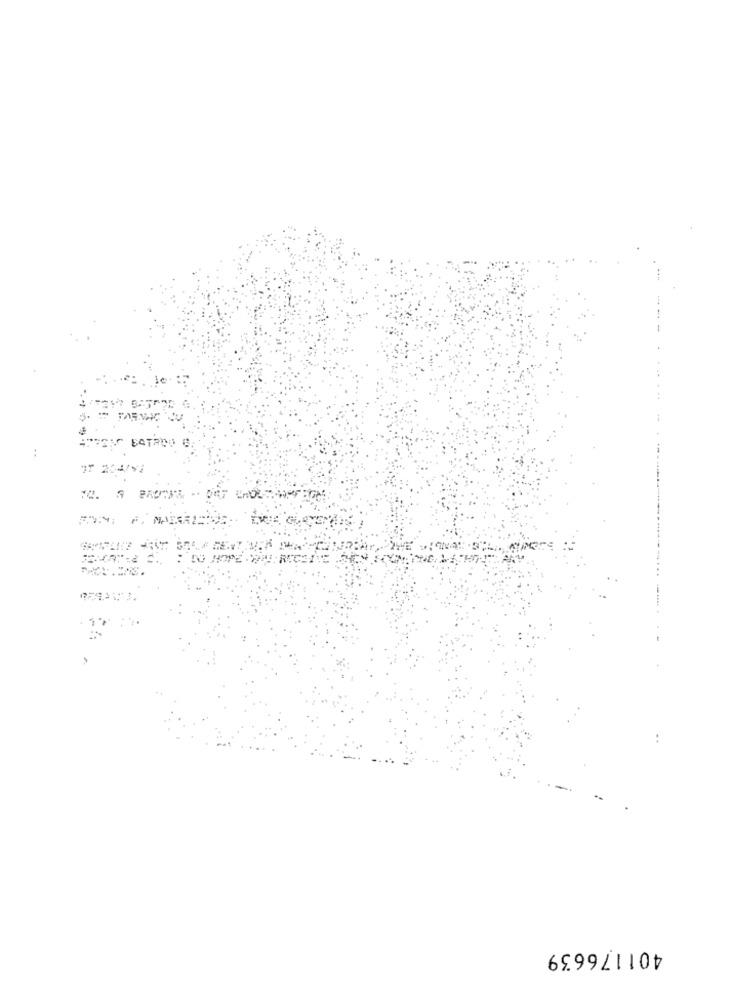
..
DAT CHOL
F. MAIARI
401176639